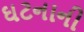
ઘટનાની